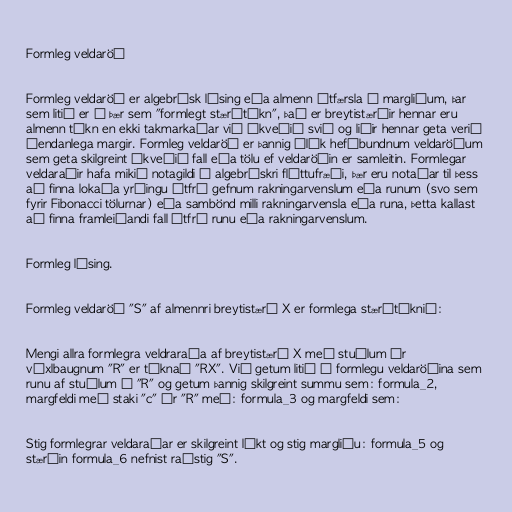
Formleg veldaröð

Formleg veldaröð er algebrísk lýsing eða almenn útfærsla á margliðum, þar
sem litið er á þær sem "formlegt stærðtákn", það er breytistærðir hennar eru
almenn tákn en ekki takmarkaðar við ákveðið svið og liðir hennar geta verið
óendanlega margir. Formleg veldaröð er þannig ólík hefðbundnum veldaröðum
sem geta skilgreint ákveðið fall eða tölu ef veldaröðin er samleitin. Formlegar
veldaraðir hafa mikið notagildi í algebrískri fléttufræði, þær eru notaðar til þess
að finna lokaða yrðingu útfrá gefnum rakningarvenslum eða runum (svo sem
fyrir Fibonacci tölurnar) eða sambönd milli rakningarvensla eða runa, þetta kallast
að finna framleiðandi fall útfrá runu eða rakningarvenslum.

Formleg lýsing.

Formleg veldaröð "S" af almennri breytistærð X er formlega stærðtáknið:

Mengi allra formlegra veldraraða af breytistærð X með stuðlum úr
víxlbaugnum "R" er táknað "RX". Við getum litið á formlegu veldaröðina sem
runu af stuðlum í "R" og getum þannig skilgreint summu sem: formula_2,
margfeldi með staki "c" úr "R" með: formula_3 og margfeldi sem:

Stig formlegrar veldaraðar er skilgreint líkt og stig margliðu: formula_5 og
stærðin formula_6 nefnist raðstig "S".